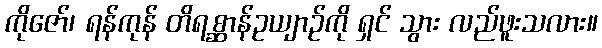
ကိုဇော်၊ ရန်ကုန် တိရစ္ဆာန်ဥယျာဉ်ကို ရှင် သွား လည်ဖူးသလား။